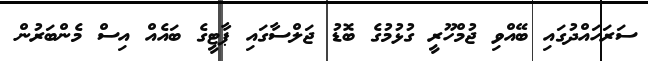
ސަރަހައްދުގައި ބޭއްވި ޖުމްހޫރީ ގުޅުމުގެ ބޮޑު ޖަލްސާގައި ޕާޓީގެ ބައެއް އިސް މެންބަރުން